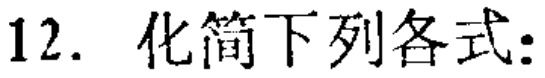
12. 化简下列各式: